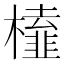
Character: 𭬔